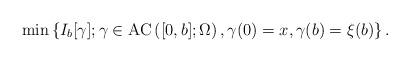
LaTeX: \begin{align*} \min \left\{ I_b [\gamma] ; \gamma \in \mathrm{AC}\left([0, b]; \Omega \right) , \gamma(0) = x, \gamma(b) =\xi(b) \right\}.\end{align*}